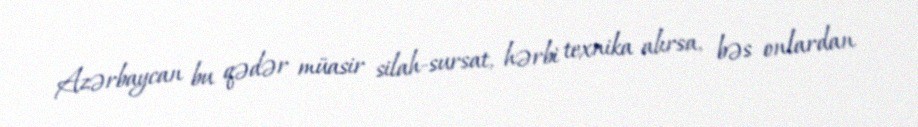
Azərbaycan bu qədər müasir silah-sursat, hərbi texnika alırsa, bəs onlardan